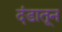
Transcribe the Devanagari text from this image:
दंडातून